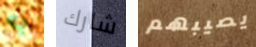
به شارك يصيبهم